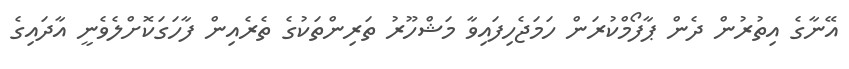
އޭނާގެ އިތުރުން ދެން ޕާފޯމްކުރަން ހަމަޖެހިފައިވާ މަޝްހޫރު ތަރިންތަކުގެ ތެރެއިން ފާހަގަކޮށްލެވެނީ އާދައިގެ